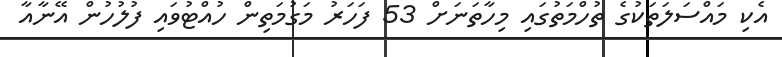
އެކި މައްސަލަތަކުގެ ތުހްމަތުގައި މިހާތަނަށް 53 ފަހަރު މަގުމަތިން ހުއްޓުވައި ފުލުހުން އޭނާއާ